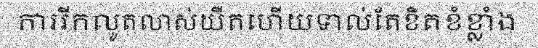
ការរីកលូតលាស់យឺតហើយទាល់តែខិតខំខ្លាំង